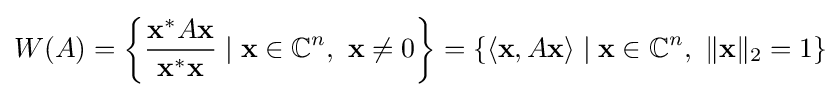
W(A)=\left\{{\frac {\mathbf {x} ^{*}A\mathbf {x} }{\mathbf {x} ^{*}\mathbf {x} }}\mid \mathbf {x} \in \mathbb {C} ^{n},\ \mathbf {x} \not =0\right\}=\left\{\langle \mathbf {x} ,A\mathbf {x} \rangle \mid \mathbf {x} \in \mathbb {C} ^{n},\ \|\mathbf {x} \|_{2}=1\right\}